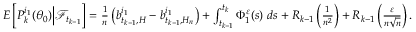
\begin{array} { r } { E \left[ P _ { k } ^ { i _ { 1 } } ( \theta _ { 0 } ) \Big | \mathcal { F } _ { t _ { k - 1 } } \right] = \frac { 1 } { n } \left( b _ { t _ { k - 1 } , H } ^ { i _ { 1 } } - b _ { t _ { k - 1 } , H _ { n } } ^ { i _ { 1 } } \right) + \int _ { t _ { k - 1 } } ^ { t _ { k } } \Phi _ { 1 } ^ { \varepsilon } ( s ) ~ d s + R _ { k - 1 } \left( \frac { 1 } { n ^ { 2 } } \right) + R _ { k - 1 } \left( \frac { \varepsilon } { n \sqrt { n } } \right) . } \end{array}